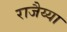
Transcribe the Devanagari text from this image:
राजैय्या